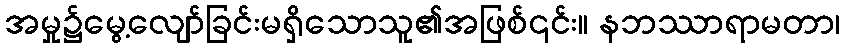
အမှု၌မွေ့လျော်ခြင်းမရှိသောသူ၏အဖြစ်၎င်း။ နဘဿာရာမတာ၊